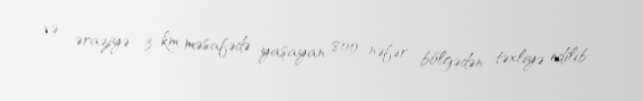
və əraziyə 3 km məsafədə yaşayan 800 nəfər bölgədən təxliyə edilib.